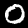
Label: 0